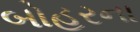
બોહરના